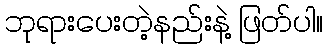
ဘုရားပေးတဲ့နည်းနဲ့ ဖြတ်ပါ။